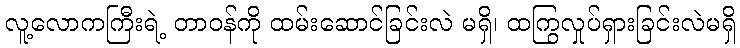
လူ့လောကကြီးရဲ့ တာဝန်ကို ထမ်းဆောင်ခြင်းလဲ မရှိ၊ ထကြွလှုပ်ရှားခြင်းလဲမရှိ